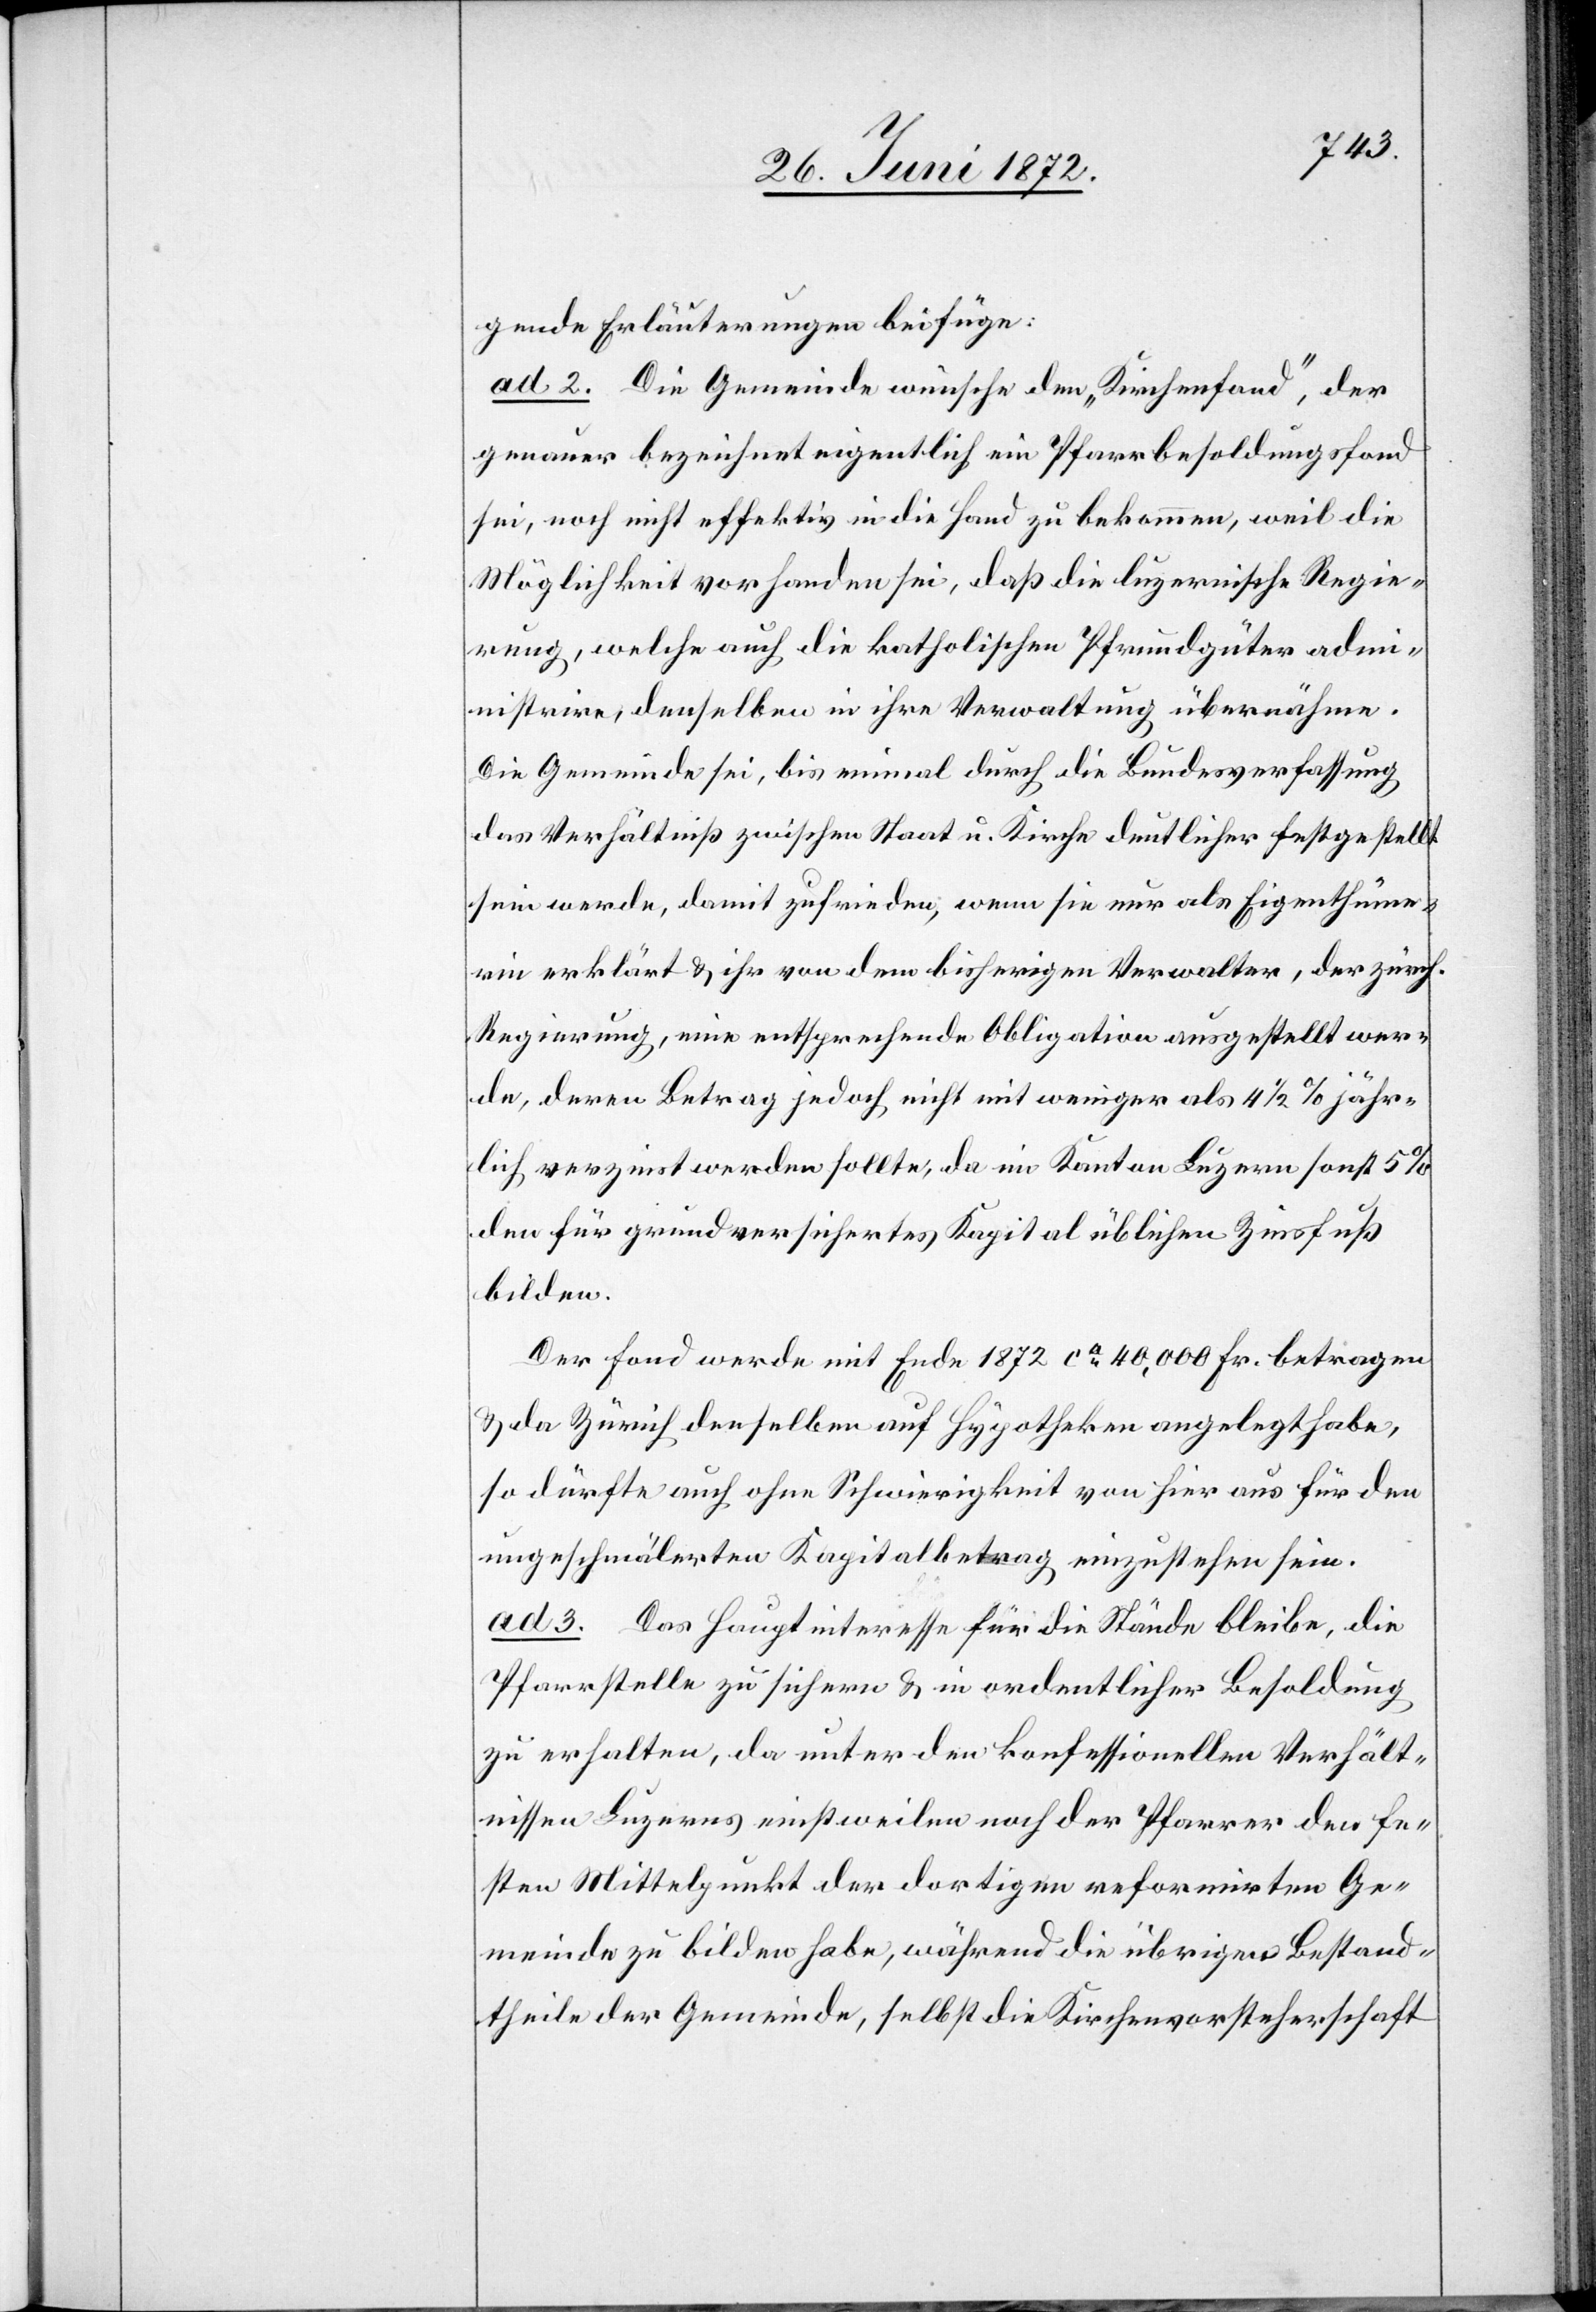
gende Erläuterungen beifüge:
ad 2. Die Gemeinde wünsche den „Kirchenfond“, der
genauer bezeichnet eigentlich ein Pfarrbesoldungsfond
sei, noch nicht effektiv in die Hand zu bekommen, weil die
Möglichkeit vorhanden sei, daß die luzernische Regie¬
rung, welche auch die katholische Pfrundgüter adm¬
inistrire, denselben in ihre Verwaltung übernähme.
Die Gemeinde sei, bis einmal durch die Bundesverfassung
das Verhältniß zwischen Staat u. Kirche deutlicher festgestellt
sein werde, damit zufrieden, wenn sie nur als Eigenthüme¬
rin erklärt u. ihr von dem bisherigen Verwalter, der zürch.
Regierung, eine entsprechende Obligation ausgestellt wer¬
de, deren Betrag jedoch nicht mit weniger als 4 1/2% jähr¬
lich verzinst werden sollte, da im Kanton Luzern sonst 5%
den für grundversichertes Kapital üblichen Zinsfuß
bilden.
Der Fond werde mit Ende 1872 ca 40,000 Fr. betragen
u. da Zürich denselben auf Hypotheken angelegt habe,
so dürfte auch ohne Schwierigkeiten von hier aus für den
ungeschmälerten Kapitalbetrag einzustehen sein.
ad 3. Das Hauptinteresse für die Stände bleibe, die
Pfarrstelle zu sichern u. in ordentlicher Besoldung
zu erhalten, da unter den konfessionellen Verhält¬
nissen Luzerns einstweilen noch der Pfarrer den fe¬
sten Mittelpunkt der dortigen reformirten Ge¬
meinde zu bilden habe, während die übrigen Bestand¬
theile der Gemeinde, selbst die Kirchenvorsteherschaft